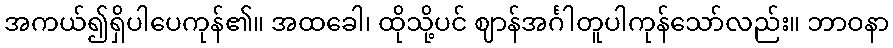
အကယ်၍ရှိပါပေကုန်၏။ အထခေါ၊ ထိုသို့ပင် ဈာန်အင်္ဂါတူပါကုန်သော်လည်း။ ဘာဝနာ